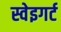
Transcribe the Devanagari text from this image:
स्वेइगर्ट